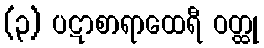
(၃) ပဋာစာရာထေရီ ဝတ္ထု